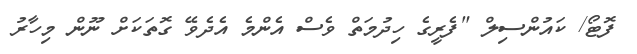
ފޮޓޯ/ ކައުންސިލް "ފެރީގެ ހިދުމަތް ވެސް އެންމެ އެދެވޭ ގޮތަކަށް ނޫން މިހާރު